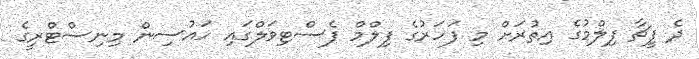
ދެ ފީޗާ ފިލްމުގެ އިތުރަށް މި ފަހަރުގެ ފިލްމް ފެސްޓިވަލްގައި ހައުސިން މިނިސްޓްރީގެ